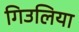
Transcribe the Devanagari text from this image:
गिउलिया